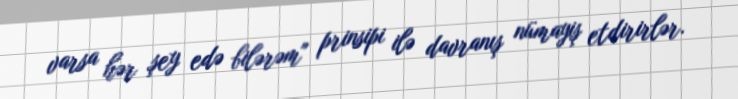
varsa hər şey edə bilərəm" prinsipi ilə davranış nümayiş etdirirlər.